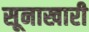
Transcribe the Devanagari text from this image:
सूनाखारी